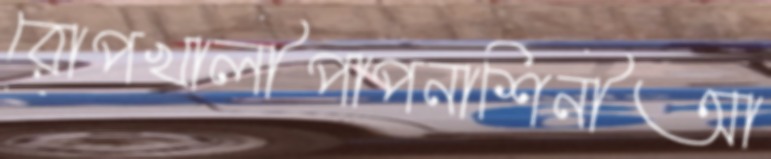
রোপখালীপাপনাশিনীআ